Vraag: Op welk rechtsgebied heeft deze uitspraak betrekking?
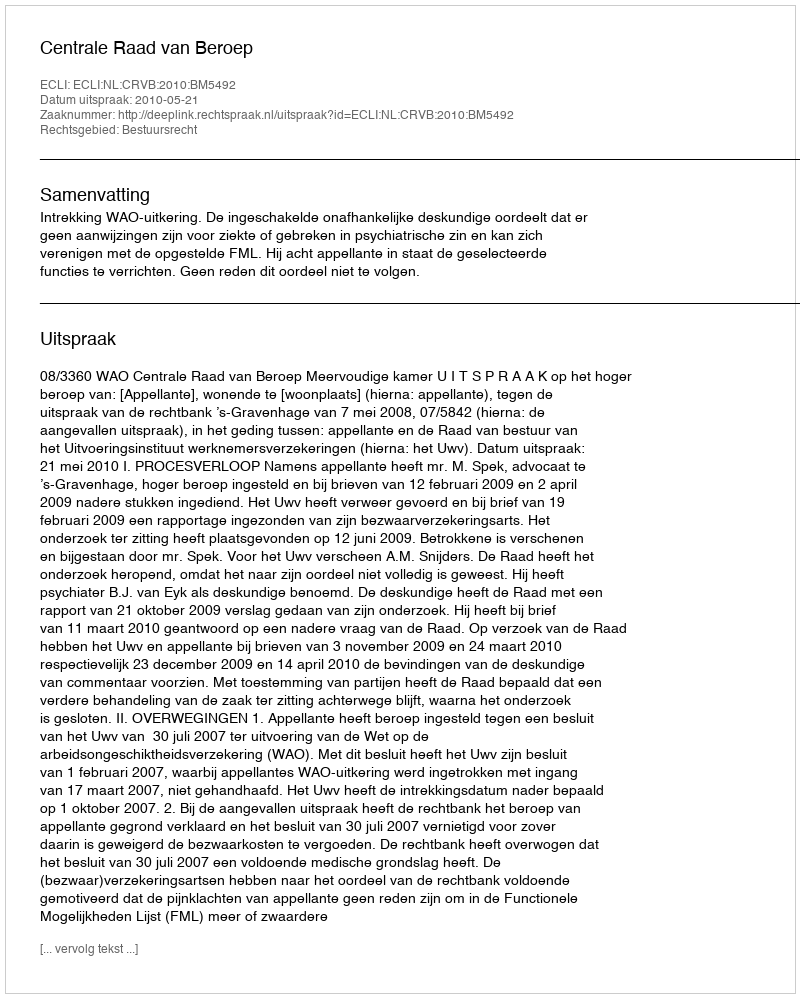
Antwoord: Bestuursrecht